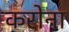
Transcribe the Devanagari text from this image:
करोना